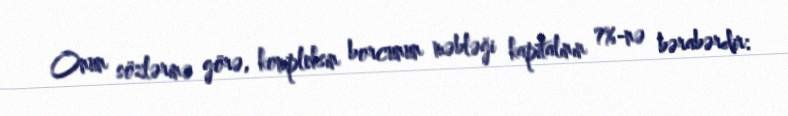
Onun sözlərinə görə, kompleksin borcunun məbləği kapitalının 7%-nə bərabərdir: